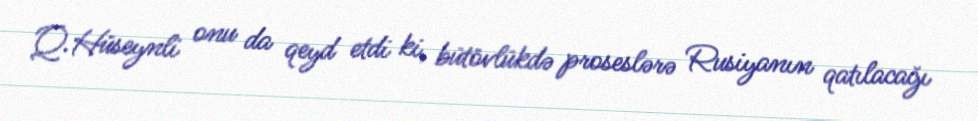
Q.Hüseynli onu da qeyd etdi ki, bütövlükdə proseslərə Rusiyanın qatılacağı